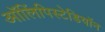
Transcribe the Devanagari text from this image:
ऑलिंपिस्टेडियॉन